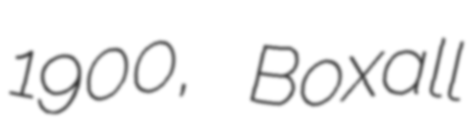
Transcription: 1900, Boxall